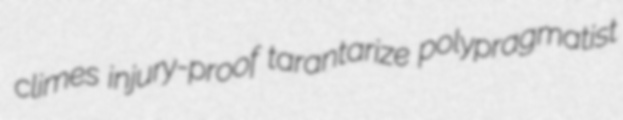
climes injury-proof tarantarize polypragmatist